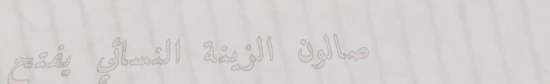
صالون الزينة النسائي يفتح